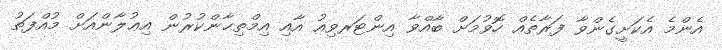
އެންމެ އެކަށީގެންވާ ފަރާތެއް ހޮވުމަށް ބާއްވާ އިންޓަރވިއު އާއި އިމްތިޙާންކުރުން އިޢުލާންއަށް މުއްފަތު